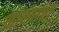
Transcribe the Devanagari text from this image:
माश्यांची